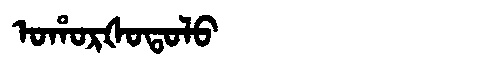
Manchu: ᠣᡥᠣᡵᡧᠣᡨᠣᠯᠣ
Romanization: OHORŠOTOLO